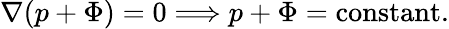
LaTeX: \nabla(p+\Phi)=0\Longrightarrow p+\Phi={\mathrm{constant}}.